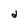
Character: d